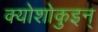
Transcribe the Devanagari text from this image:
क्योशोकुइन्